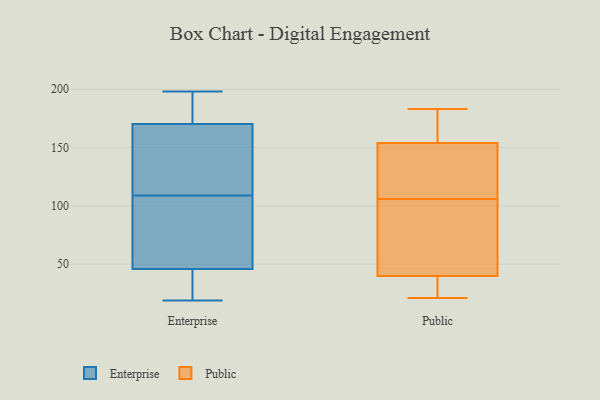
{"axis": {"x": "Market Share (%)", "y": "Value"}, "legend": ["Enterprise", "Public"], "data": [{"x": "", "y": 143, "type": "Enterprise"}, {"x": "", "y": 196, "type": "Enterprise"}, {"x": "", "y": 109, "type": "Enterprise"}, {"x": "", "y": 176, "type": "Enterprise"}, {"x": "", "y": 153, "type": "Enterprise"}, {"x": "", "y": 80, "type": "Enterprise"}, {"x": "", "y": 21, "type": "Enterprise"}, {"x": "", "y": 19, "type": "Enterprise"}, {"x": "", "y": 198, "type": "Enterprise"}, {"x": "", "y": 189, "type": "Enterprise"}, {"x": "", "y": 55, "type": "Enterprise"}, {"x": "", "y": 99, "type": "Enterprise"}, {"x": "", "y": 43, "type": "Enterprise"}, {"x": "", "y": 116, "type": "Enterprise"}, {"x": "", "y": 22, "type": "Enterprise"}, {"x": "", "y": 183, "type": "Public"}, {"x": "", "y": 178, "type": "Public"}, {"x": "", "y": 172, "type": "Public"}, {"x": "", "y": 76, "type": "Public"}, {"x": "", "y": 144, "type": "Public"}, {"x": "", "y": 104, "type": "Public"}, {"x": "", "y": 87, "type": "Public"}, {"x": "", "y": 29, "type": "Public"}, {"x": "", "y": 164, "type": "Public"}, {"x": "", "y": 108, "type": "Public"}, {"x": "", "y": 135, "type": "Public"}, {"x": "", "y": 45, "type": "Public"}, {"x": "", "y": 21, "type": "Public"}, {"x": "", "y": 35, "type": "Public"}, {"x": "", "y": 33, "type": "Public"}, {"x": "", "y": 116, "type": "Public"}]}